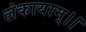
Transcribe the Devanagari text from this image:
लंकायाम्।।